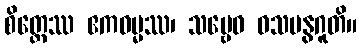
စိတ္တေဿ ဧကဓမ္မဿ၊ သဗ္ဗေဝ ဝသမနွဂူတိ။